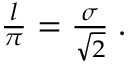
\begin{array} { r } { \frac { l } { \pi } = \frac { \sigma } { \sqrt { 2 } } \; . } \end{array}